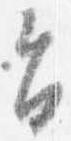
旨